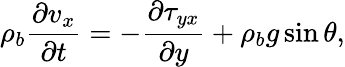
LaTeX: \rho_{b}\frac{\partial v_{x}}{\partial t}=-\frac{\partial\tau_{yx}}{\partial y}+\rho_{b}g\sin\theta,